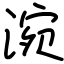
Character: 涴